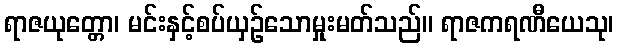
ရာဇယုတ္တော၊ မင်းနှင့်စပ်ယှဉ်သောမှုးမတ်သည်။ ရာဇကရဏီယေသု၊